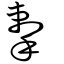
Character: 揧